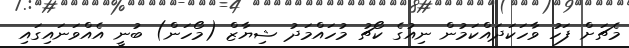
މެޗަށް ފަހު ވާހަކަދައްކަމުން ނިއުގެ ކޯޗު މުހައްމަދު ޝިޔާޒް (މޯހަން) ބުނީ އެއްވަނައިގައި